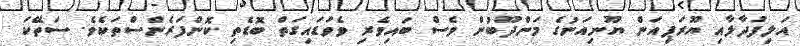
އަލިފުދާލާއި ޔޫރަޕިއަން ޔޫނިއަނުގެ މަންދޫބުން ވެސް ބައިވެރި ވެވަޑައިގަތް ބޮޑެތި ކޮންފަރެންސްތަކެވެ. ސަތޭކަ